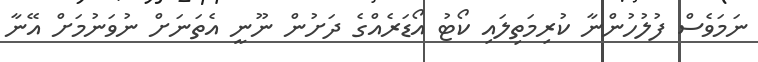
ނަމަވެސް ފުލުހުންނާ ކުރިމަތިލައި ކޯޓު އޯޑަރެއްގެ ދަށުން ނޫނީ އެތަނަށް ނުވަނުމަށް އޭނާ